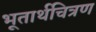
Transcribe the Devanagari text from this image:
भूतार्थचित्रण